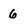
Character: 6